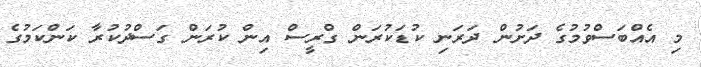
މި އެއްބަސްވުމުގެ ދަށުން ދަރަނި ކުޑަކުރަން ގްރީސް އިން ކުރަން ގަސްދުކުރާ ކަންކަމުގެ